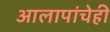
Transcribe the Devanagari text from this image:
आलापांचेही